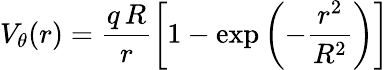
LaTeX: V_{\theta}(r)=\frac{q\, R}{r}\left[1-\mathrm{exp}\left(-\frac{r^{2}}{R^{2}}\right)\right]